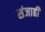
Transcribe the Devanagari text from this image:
संजाही